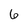
Character: 6